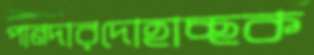
পানদারদোহাচ্ছক